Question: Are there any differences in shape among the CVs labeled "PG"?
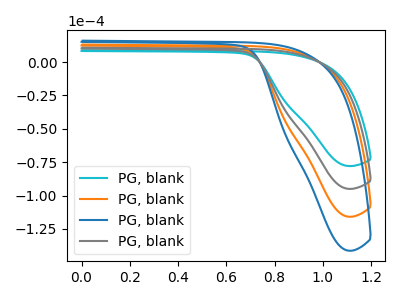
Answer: <think>The cyan curve "PG, blank1" has no peaks. The orange curve "PG, blank2" has no peaks. The blue curve "PG, blank3" has no peaks. The gray curve "PG, blank4" has no peaks.
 Neither "PG, blank1" or "PG, blank2" have any peaks. Neither "PG, blank1" or "PG, blank3" have any peaks. Neither "PG, blank1" or "PG, blank4" have any peaks. Neither "PG, blank2" or "PG, blank3" have any peaks. Neither "PG, blank2" or "PG, blank4" have any peaks. Neither "PG, blank3" or "PG, blank4" have any peaks.</think>
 <answer>All the CV's of "PG" have similar shape.</answer>
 <eval>follow_rule</eval>